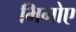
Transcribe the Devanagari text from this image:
भिगोए